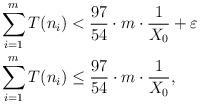
LaTeX: \begin{align*}\sum_{i=1}^m T(n_i) &< \frac{97}{54} \cdot m \cdot \frac{1}{X_0} + \varepsilon \\\sum_{i=1}^m T(n_i) &\leq \frac{97}{54} \cdot m \cdot \frac{1}{X_0}, \end{align*}